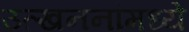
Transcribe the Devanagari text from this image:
उत्खननांमध्ये